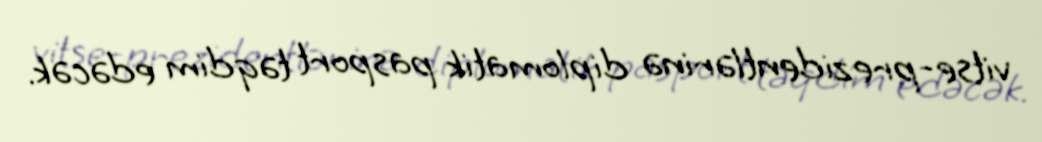
vitse-prezidentlərinə diplomatik pasport təqdim edəcək.